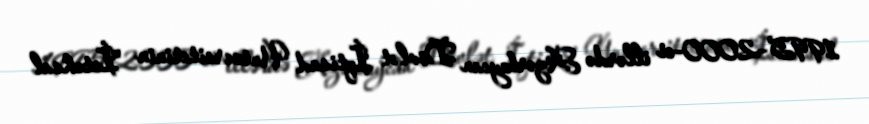
1995–2000-ci illərdə Azərbaycan Dövlət İqtisad Universitetinin "İstehsal